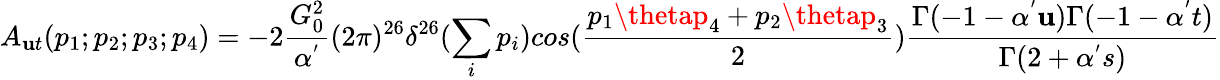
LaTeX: A_{\mathbf{u}t}(p_{1};p_{2};p_{3};p_{4})=-2\frac{{G_{0}^{2}}}{{\alpha^{'}}}(2\pi)^{26}\delta^{26}(\sum_{i}p_{i})cos(\frac{{p_{1}\thetap_{4}+p_{2}\thetap_{3}}}{{2}})\frac{{\Gamma(-1-\alpha^{'}\mathbf{u})\Gamma(-1-\alpha^{'}t)}}{{\Gamma(2+\alpha^{'}s)}}